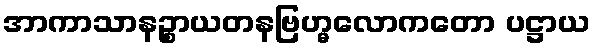
အာကာသာနဉ္စာယတနဗြဟ္မလောကတော ပဋ္ဌာယ